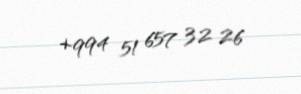
+994 51 657 32 26